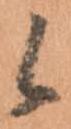
候